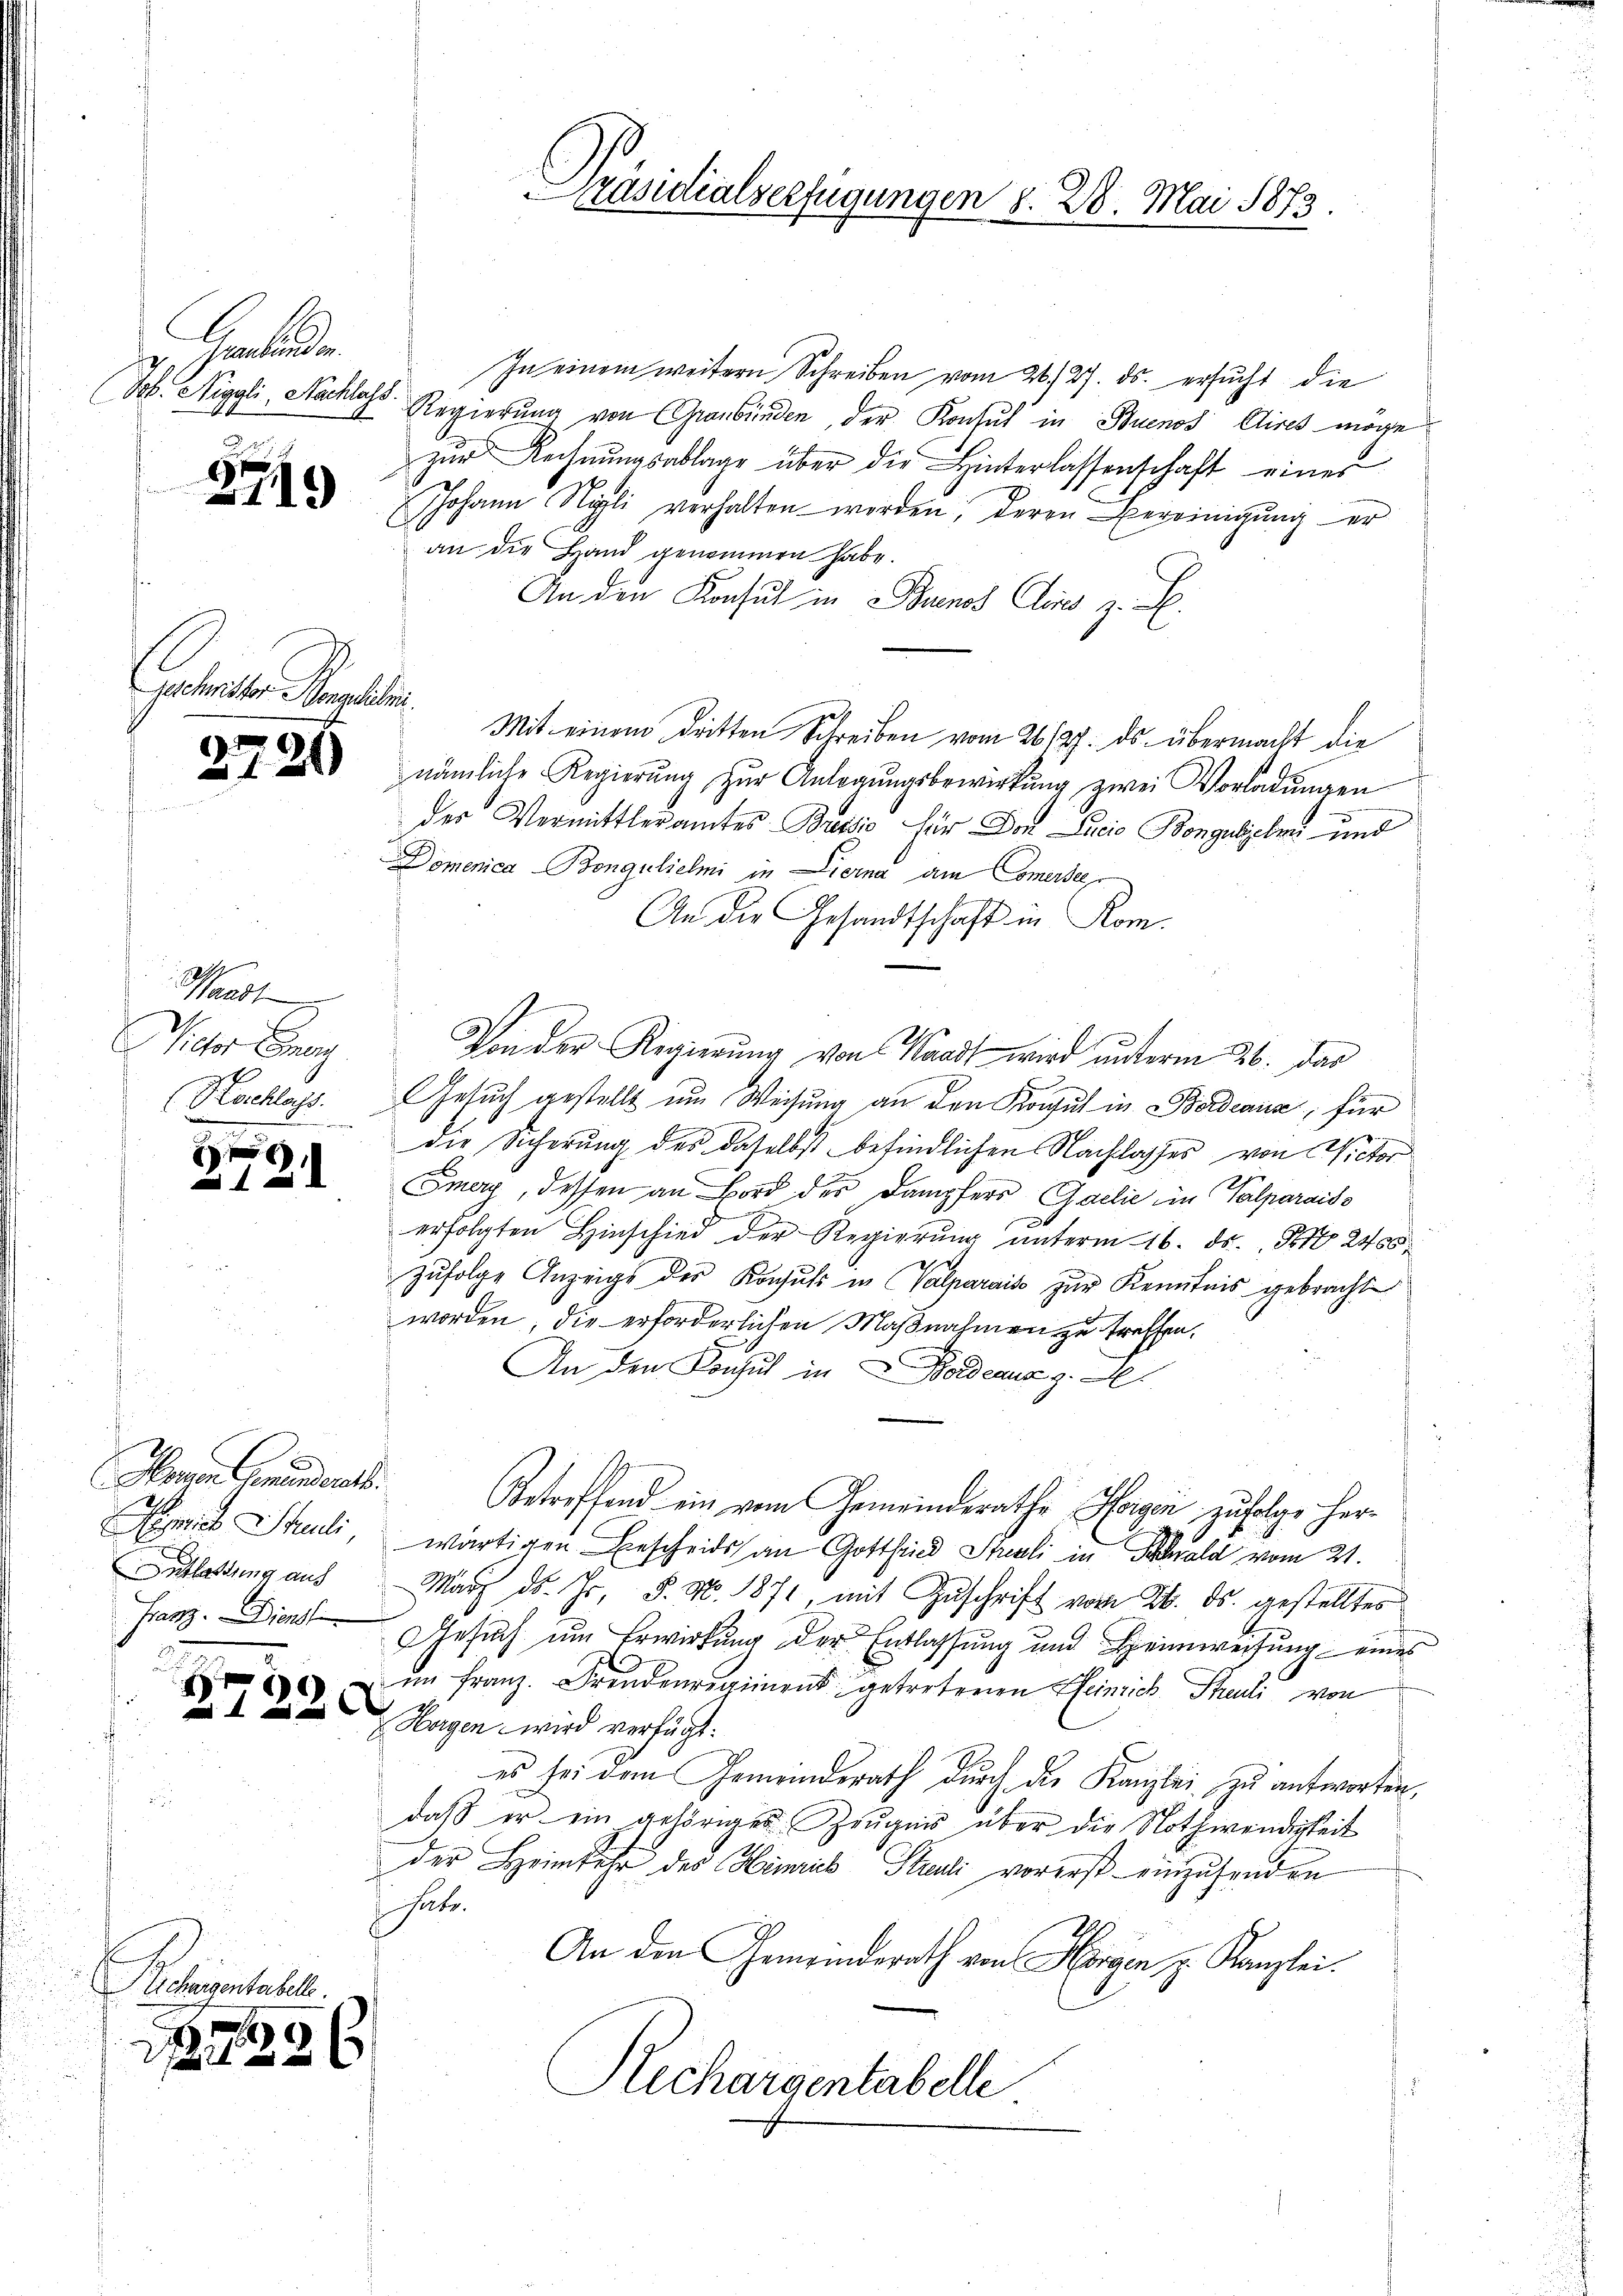
Helende

.

H

Becherigentabelle
9
.

2749

Geschwister angeliebri

12

.

)

Waadt
Nider Ge
Hachlass
wine

Honnen Gemeinderts.
h
sich Spueli
Entlastung auf
Franz. Dienst

220

In einem weitern Schreiben vom 26./27. ds. ersucht die
Job. Niggli, Nachlass Regierung von Graubünden, der Konsul in Buenos Aires möge
zŭr Rechnŭngsablage über die Hinterlassenschaft eines
Johann Nigli verhalten werden, deren Bereinigung er
an die Hand genommen habe.
An den Konsul in Buenoz Cloa z. B.
Mit einem dritten Schreiben vom 26./27. ds. übermacht die
nämliche Regierŭng zŭr Anlegŭngsbewirkung zwei Vorladungen
der Vermittleramtes Bussio für Don Lucia Bongulichen und
Domenica -Bongulieli in Dierna am Comerse
An die Gesandtschaft in Rom.
Von der Regierung von Waadt wird unterm 26. dar
Gesuch gestellt um Weisung an den Konsul in Bordeaus, für
die Sicherung des daselbst befindlichen Nachlasses von Victor
Smers, dessen an Bord des Dampfers Gaclić in Valparaiss
erfolgten Hinschied der Regierŭng ŭnterm 16. ds. S. 2400
Zŭfolge Anzeige des Konsuls in Valparais zur Kenntnis gebracht
worden, die erforderlichen Maßnahmen zu treffen.
An den Konsul in Fordeaus z. A
Betreffend ein vom Gemeinderathe Horgen zufolge herwärtigen Bescheids an Gottfried Strali in Schad vom 21.
März ds. Hr. P. Nr. 1871, mit Zuschrift vom 24. ds. gestellter
Gesuch um Erwirkung der Entlassung und Heimweisung eines
im Franz. Freudenregimens getretenen Heinrich Threuli von
Hagen wird verfügt:
es sei dem Gemeinderath durch die Kanzlei zu antworten,
daß er ein gehöriges Zeugnis über die Nothwendigkeit
der Heimkehr des Himius Pauli vorerst einzusenden
habe.
An den Gemeindsrath von Horgen z. Kanzlei.
Hechargentabelle

Präsidialverfügungen §. 28. Mai 1873.